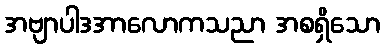
အဗျာပါဒအာလောကသညာ အစရှိသော